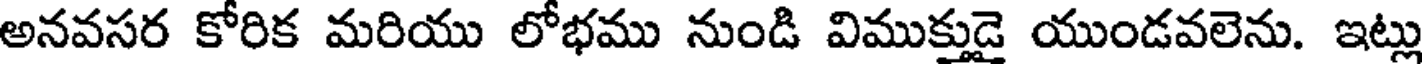
అనవసర కోరిక మరియు లోభము నుండి విముక్తుడై యుండవలెను. ఇట్లు